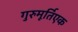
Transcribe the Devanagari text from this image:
गुरुमूर्तिएक